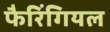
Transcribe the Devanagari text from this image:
फैरिंगियल